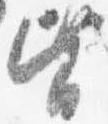
皆